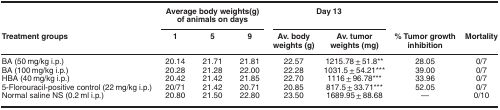
<table><thead><tr><td><b> </b></td><td colspan="3"><b>Average body weights(g) of animals on days</b></td><td colspan="2"><b>Day 13</b></td><td><b> </b></td><td><b> </b></td></tr><tr><td><b>Treatment groups</b></td><td><b>1</b></td><td><b>5</b></td><td><b>9</b></td><td><b>Av. body weights (g)</b></td><td><b>Av. tumor weights (mg)</b></td><td><b>% Tumor growth inhibition</b></td><td><b>Mortality</b></td></tr></thead><tbody><tr><td>BA (50 mg/kg i.p.)</td><td>20.14</td><td>21.71</td><td>21.81</td><td>22.57</td><td>1215.78±51.8**</td><td>28.05</td><td>0/7</td></tr><tr><td>BA (100 mg/kg i.p.)</td><td>20.28</td><td>21.28</td><td>22.00</td><td>22.28</td><td>1031.5±54.21***</td><td>39.00</td><td>0/7</td></tr><tr><td>HBA (40 mg/kg i.p.)</td><td>20.42</td><td>21.42</td><td>21.85</td><td>22.70</td><td>1116±96.78***</td><td>33.96</td><td>0/7</td></tr><tr><td>5-Florouracil-positive control (22 mg/kg i.p.)</td><td>20/71</td><td>21.42</td><td>20.71</td><td>20.85</td><td>817.5±33.71***</td><td>52.05</td><td>0/7</td></tr><tr><td>Normal saline NS (0.2 ml i.p.)</td><td>20.80</td><td>21.50</td><td>22.80</td><td>23.50</td><td>1689.95±88.68</td><td>—</td><td>0/10</td></tr></tbody></table>